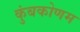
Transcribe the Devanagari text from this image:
कुंबकोणम